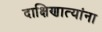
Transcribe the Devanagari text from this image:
दाक्षिणात्यांना